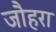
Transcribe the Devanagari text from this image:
जौहरा